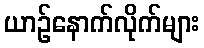
ယာဉ်နောက်လိုက်များ